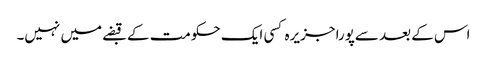
اس کے بعد سےپورا جزیرہ کسی ایک حکومت کے قبضے میں نہیں۔